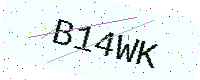
Text: B14WK